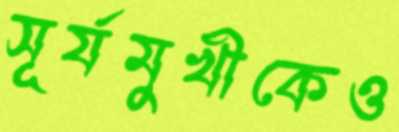
সূর্যমুখীকেও